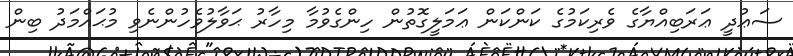
ސަޢުދީ ޢަރަބިއްޔާގެ ވެރިކަމުގެ ކަންކަން ޢަމަލީގޮތުން ހިންގެވުމާ މިހާރު ޙަވާލުވެހުންނެވި މުޙައްމަދު ބިން